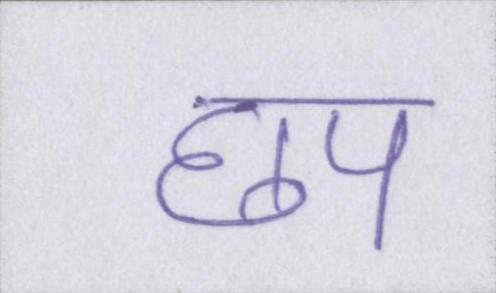
छप